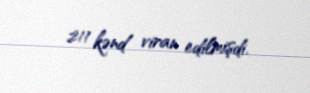
211 kənd viran edilmişdi.